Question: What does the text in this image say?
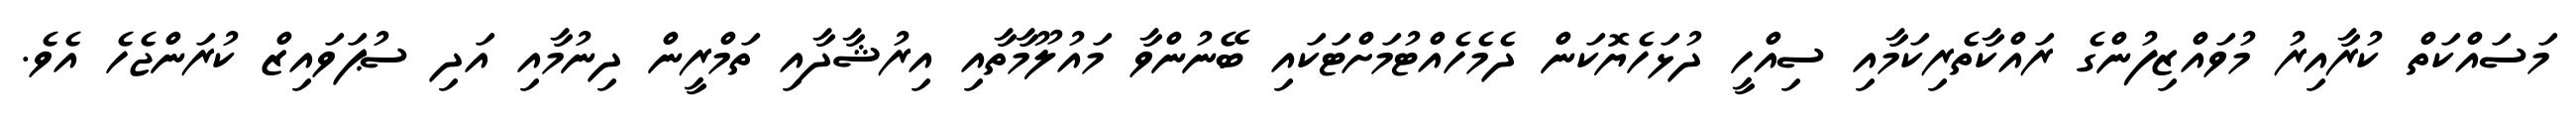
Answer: މަސައްކަތް ކުރާއިރު މުވައްޒިފުންގެ ރައްކާތެރިކަމާއި ސިއްހީ ދުޅަހެޔޮކަން ދެމެހެއްޓުމަށްޓަކައި ބޭނުންވާ މައުލޫމާތާއި އިރުޝާދާއި ތަމްރީން ދިނުމާއި އަދި ސުޕަވައިޒް ކުރަންޖެހެ އެވެ.